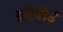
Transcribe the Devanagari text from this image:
क़ीबोर्ड